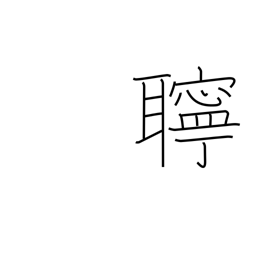
Meaning: noisy